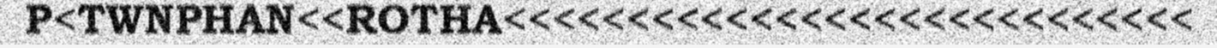
P<TWNPHAN<<ROTHA<<<<<<<<<<<<<<<<<<<<<<<<<<<<